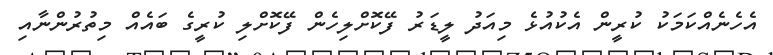
އެހެނެއްކަމަކު ކުރީން އެކުއުޅެ މިއަދު ލީޑަރު ފޭކޮށްލިހެން ފޭކޮށްލި ކުރީގެ ބައެއް މިތުރުންނާއި